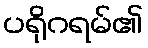
ပရိုဂရမ်၏